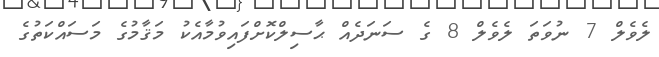
ލެވެލް 7 ނުވަތަ ލެވެލް 8 ގެ ސަނަދެއް ޙާސިލްކޮށްފައިވުމާއެކު މަޤާމުގެ މަސައްކަތުގެ